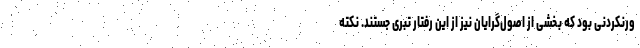
ورنکردنی بود که بخشی از اصول‌گرایان نیز از این رفتار تبری جستند. نکته